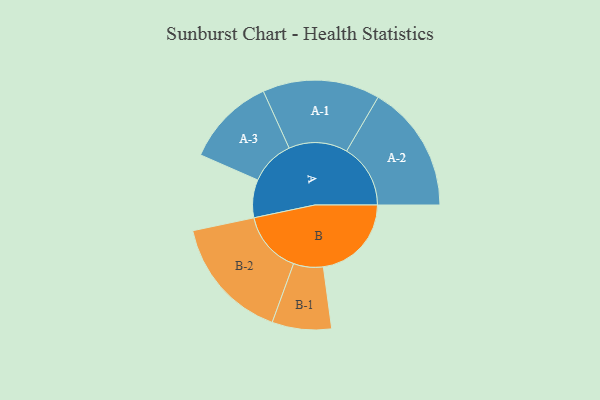
{"axis": {"x": "Segment", "y": "Value"}, "legend": ["", "A", "B"], "data": [{"x": "A", "y": 160, "type": ""}, {"x": "B", "y": 371, "type": ""}, {"x": "A-1", "y": 247, "type": "A"}, {"x": "A-2", "y": 269, "type": "A"}, {"x": "A-3", "y": 189, "type": "A"}, {"x": "B-1", "y": 125, "type": "B"}, {"x": "B-2", "y": 262, "type": "B"}]}